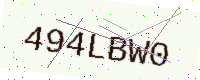
Text: 494LBW0